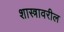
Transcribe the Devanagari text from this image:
शास्त्रावरील